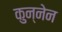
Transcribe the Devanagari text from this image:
कुन्नेन